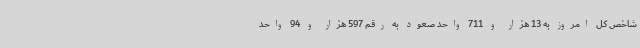
شاخص کل امروز به 13 هزار و 711 واحد صعود به رقم 597 هزار و 94 واحد